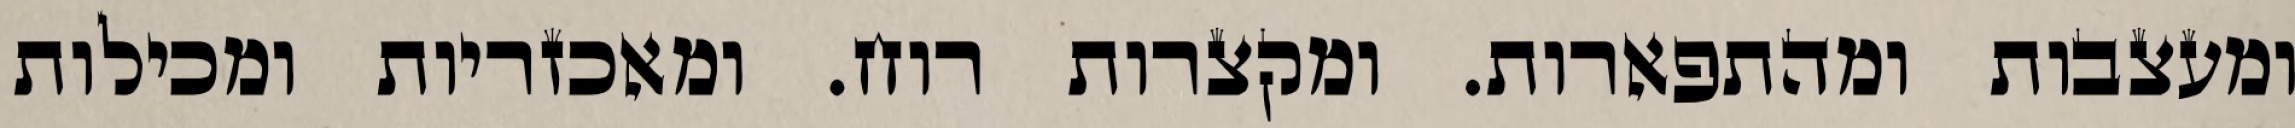
ומעצבות ומהתפארות. ומקצרות רוח. ומאכזריות ומכילות